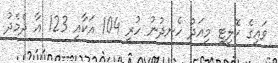
ވައިގެ ކޮލިޓީ މިއަދު ހެނދުނު ހުރީ 104 އަކާއި 123 އާ ދެމެދު